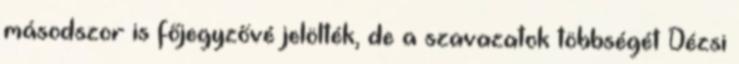
másodszor is főjegyzővé jelölték, de a szavazatok többségét Dézsi